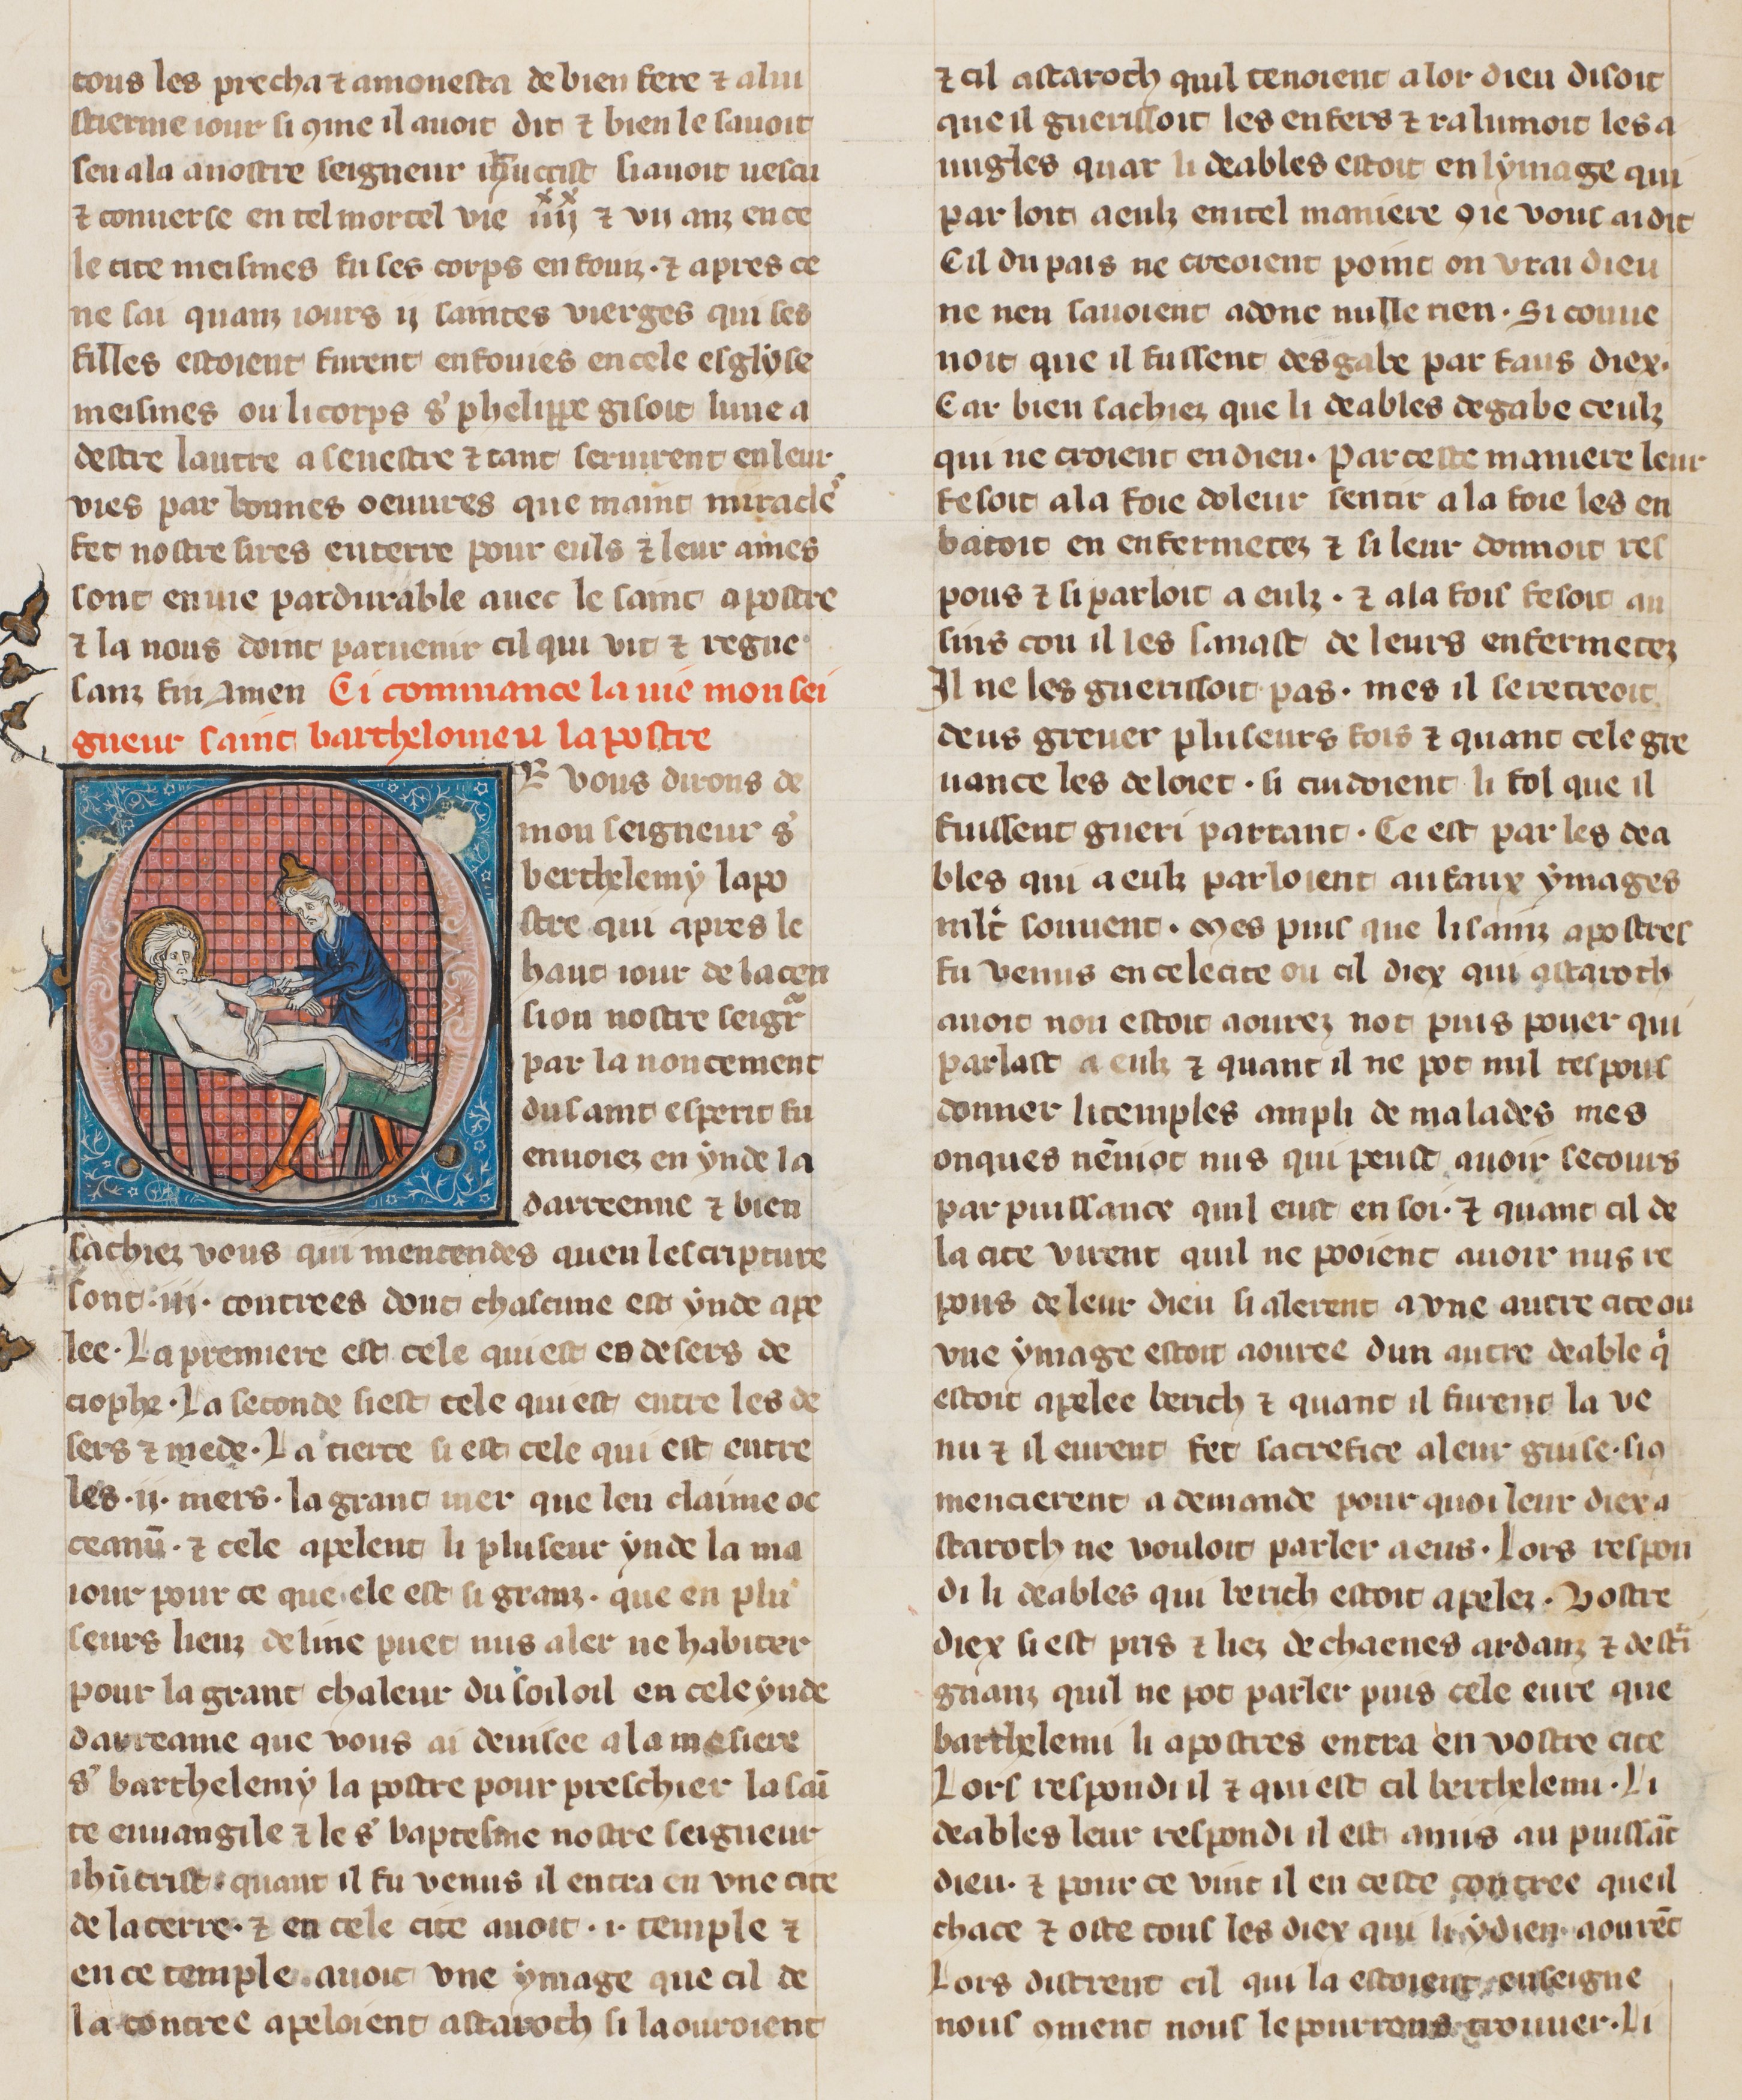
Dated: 1305–1335